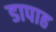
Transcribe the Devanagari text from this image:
डापाह